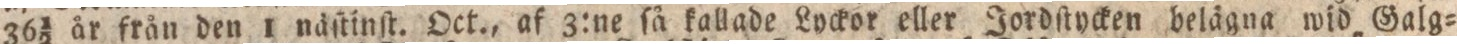
36½ är frän den 1 näſtinſt. Oct., af 3:ne ſå kallade Lyckor eller Jordſtycken belägna wid Galg=